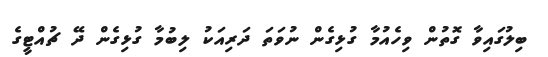
ބިލުގައިވާ ގޮތުން ވިހެއުމާ ގުޅިގެން ނުވަތަ ދަރިއަކު ލިބުމާ ގުޅިގެން ދޭ ޗުއްޓީގެ